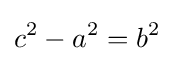
c^{2}-a^{2}=b^{2}